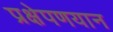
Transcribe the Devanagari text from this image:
प्रक्षेपणयान